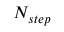
N _ { s t e p }